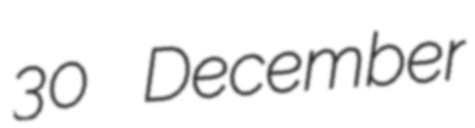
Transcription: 30 December